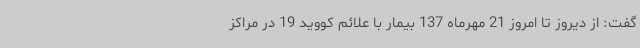
گفت: از دیروز تا امروز 21 مهرماه 137 بیمار با علائم کووید 19 در مراکز